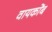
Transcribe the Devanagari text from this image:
वायकोंब